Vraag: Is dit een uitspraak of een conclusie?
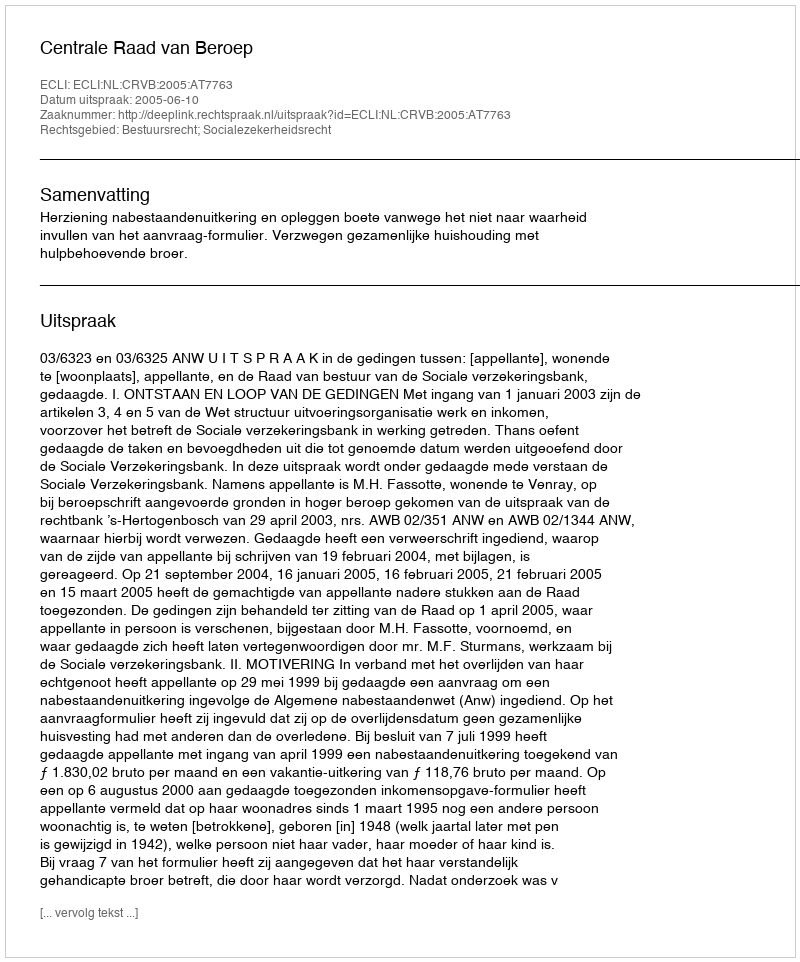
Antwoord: Uitspraak